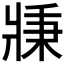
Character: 𤖉